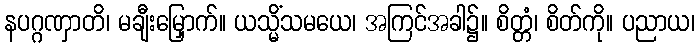
နပဂ္ဂဏှာတိ၊ မချီးမြှောက်။ ယသ္မိံသမယေ၊ အကြင်အခါ၌။ စိတ္တံ၊ စိတ်ကို။ ပညာယ၊